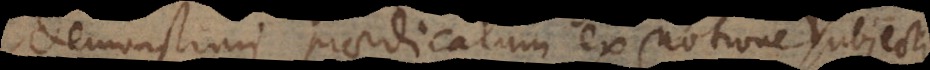
demonstrari praedicatum ex notione subjecti